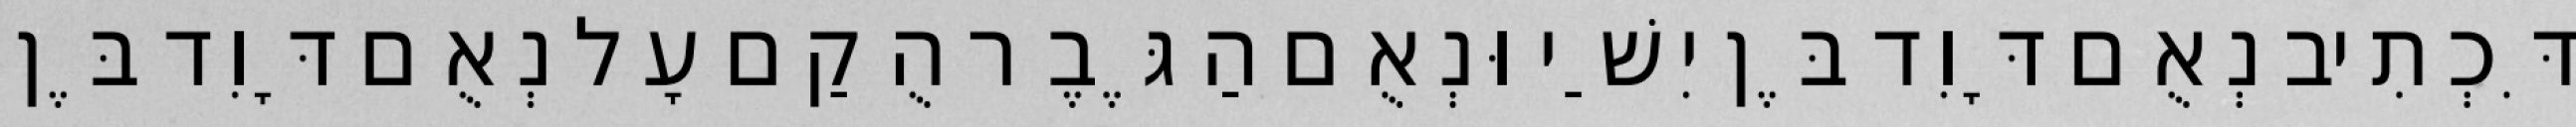
דִּכְתִיב נְאֻם דָּוִד בֶּן יִשַׁי וּנְאֻם הַגֶּבֶר הֻקַם עָל נְאֻם דָּוִד בֶּן